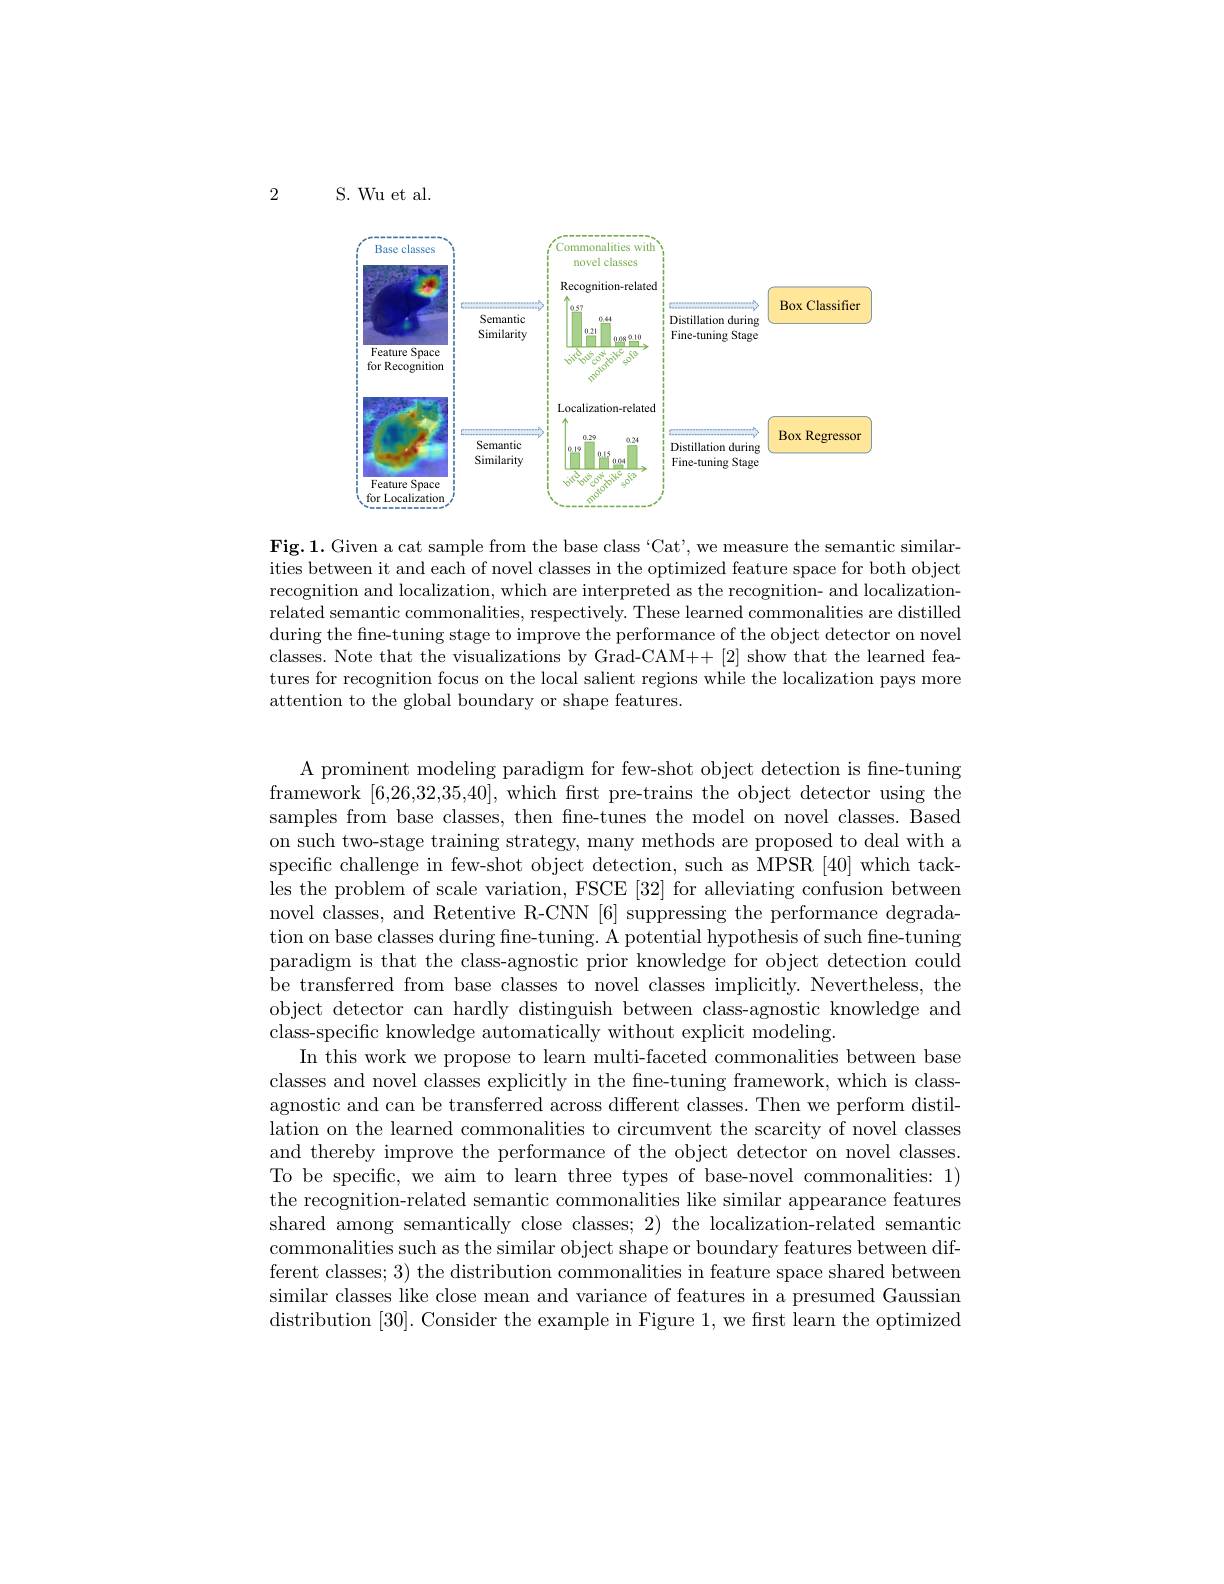
2

S. Wu et al.

<FigureHere>

$\mathbf{Fig.1.Given~a~cat~sample~from~the~base~class~`Cat',~we~measure~the~semantic~similar-}$ ities between it and each of novel classes in the optimized feature space for both object recognition and localization, which are interpreted as the recognition- and localizationrelated semantic commonalities, respectively. These learned commonalities are distilled during the fne-tuning stage to improve the performance of the object detector on novel classes. Note that the visualizations by Grad-CAM++ [2] show that the learned features for recognition focus on the local salient regions while the localization pays more attention to the global boundary or shape features.

A prominent modeling paradigm for few-shot object detection is fine-tuning framework [6,26,32,35,40], which frst pre-trains the object detector using the samples from base classes, then fne-tunes the model on novel classes. Based on such two-stage training strategy, many methods are proposed to deal with a specific challenge in few-shot object detection, such as MPSR [40] which tackles the problem of scale variation, FSCE [32] for alleviating confusion between novel classes, and Retentive R-CNN [6] suppressing the performance degradation on base classes during fine-tuning. A potential hypothesis of such fine-tuning paradigm is that the class-agnostic prior knowledge for object detection could be transferred from base classes to novel classes implicitly. Nevertheless, the object detector can hardly distinguish between class-agnostic knowledge and class-specific knowledge automatically without explicit modeling.
In this work we propose to learn multi-faceted commonalities between base classes and novel classes explicitly in the fne-tuning framework, which is classagnostic and can be transferred across different classes. Then we perform distillation on the learned commonalities to circumvent the scarcity of novel classes and thereby improve the performance of the object detector on novel classes. To be specific, we aim to learn three types of base-novel commonalities: 1) the recognition-related semantic commonalities like similar appearance features shared among semantically close classes; 2) the localization-related semantic commonalities such as the similar object shape or boundary features between different classes; 3) the distribution commonalities in feature space shared between similar classes like close mean and variance of features in a presumed Gaussian distribution [30]. Consider the example in Figure 1,we fırst learn the optimized